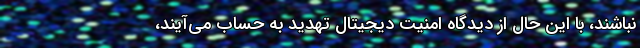
نباشند، با این حال از دیدگاه امنیت دیجیتال تهدید به حساب می‌آیند،